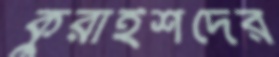
কুরাইশদের